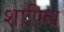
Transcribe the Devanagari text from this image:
शापिता